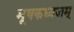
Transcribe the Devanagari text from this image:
मूषकध्वजम्